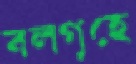
বলগৃহে